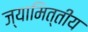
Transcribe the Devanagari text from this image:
ज्यामित्तीय